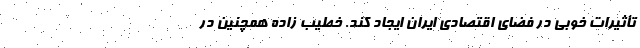
تأثیرات خوبی در فضای اقتصادی ایران ایجاد کند. خطیب زاده همچنین در